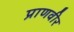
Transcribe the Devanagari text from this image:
प्राणवीर